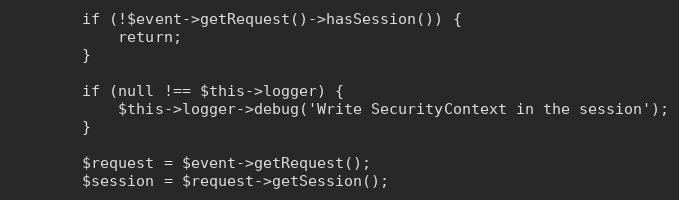
Language: PHP
        if (!$event->getRequest()->hasSession()) {
            return;
        }

        if (null !== $this->logger) {
            $this->logger->debug('Write SecurityContext in the session');
        }

        $request = $event->getRequest();
        $session = $request->getSession();